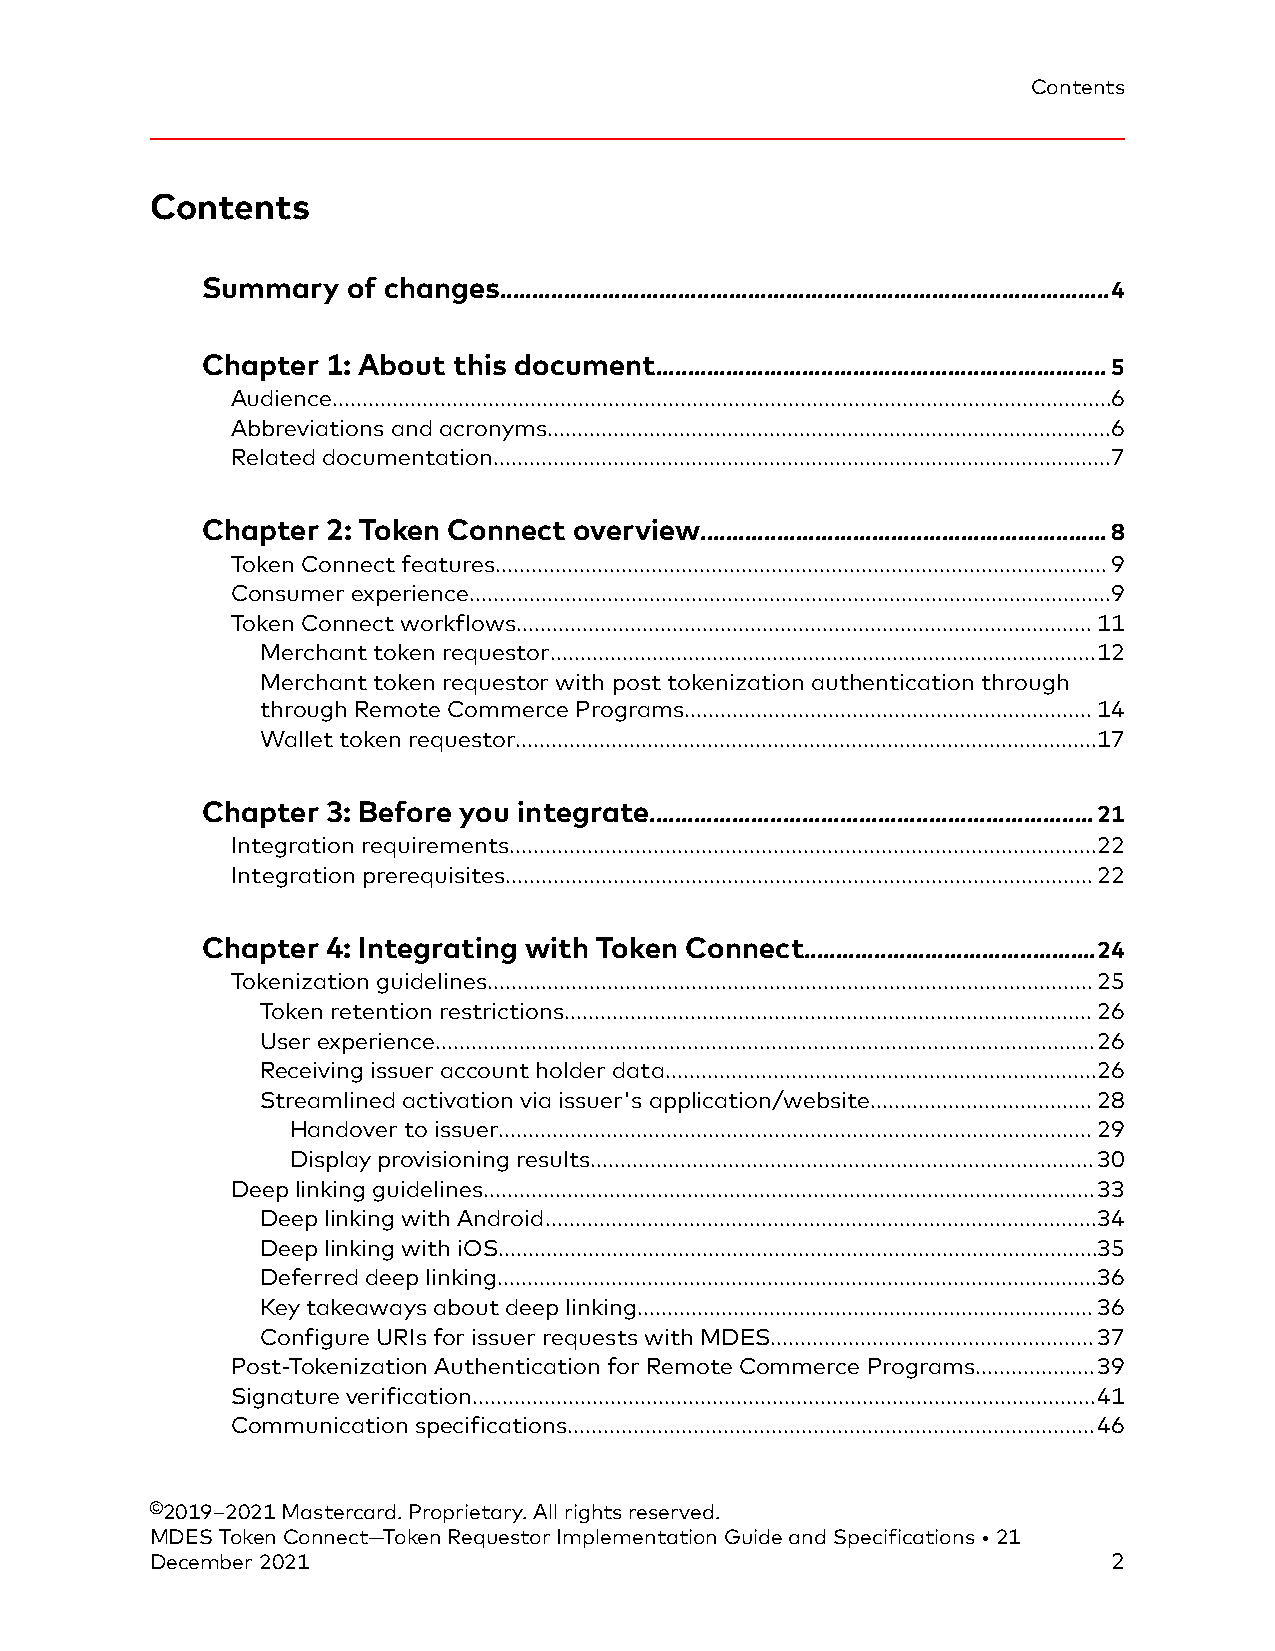
Contents
 Contents
 Summary   of changes................................................................................................4
 Chapter  1: About this document.......................................................................5
 Audience..................................................................................................................................6
 Abbreviations and acronyms..............................................................................................6
 Related documentation.......................................................................................................7
 Chapter  2: Token Connect overview................................................................8
 Token Connect features......................................................................................................9
 Consumer experience...........................................................................................................9
 Token Connect workflows................................................................................................11
 Merchant token requestor...........................................................................................12
 Merchant token requestor with post tokenization authentication through
 through Remote Commerce Programs....................................................................14
 Wallet token requestor.................................................................................................17
 Chapter  3: Before you integrate......................................................................21
 Integration requirements..................................................................................................22
 Integration prerequisites..................................................................................................22
 Chapter  4: Integrating with Token Connect..............................................24
 Tokenization guidelines.....................................................................................................25
 Token retention restrictions........................................................................................26
 User experience..............................................................................................................26
 Receiving issuer account holder data........................................................................26
 Streamlined activation via issuer's application/website.....................................28
 Handover to issuer...................................................................................................29
 Display provisioning results....................................................................................30
 Deep linking guidelines......................................................................................................33
 Deep linking with Android............................................................................................34
 Deep linking with iOS....................................................................................................35
 Deferred deep linking....................................................................................................36
 Key takeaways about deep linking............................................................................36
 Configure URIs for issuer requests with MDES......................................................37
 Post-Tokenization Authentication for Remote Commerce Programs....................39
 Signature verification........................................................................................................41
 Communication specifications........................................................................................46
 ©2019–2021 Mastercard. Proprietary. All rights reserved.
 MDES Token Connect—Token Requestor Implementation Guide and Specifications • 21
 December 2021                                                   2